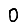
Digit: 0